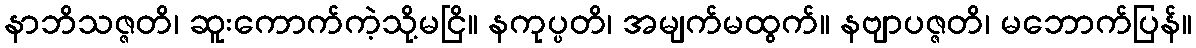
နာဘိသဇ္ဇတိ၊ ဆူးကောက်ကဲ့သို့မငြိ။ နကုပ္ပတိ၊ အမျက်မထွက်။ နဗျာပဇ္ဇတိ၊ မဘောက်ပြန်။